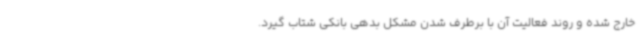
خارج شده و روند فعالیت آن با برطرف شدن مشکل بدهی بانکی شتاب گیرد.